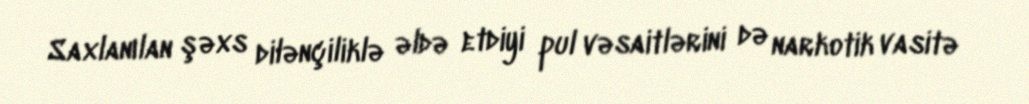
Saxlanılan şəxs dilənçiliklə əldə etdiyi pul vəsaitlərini də narkotik vasitə